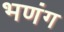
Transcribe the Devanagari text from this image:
भणंग